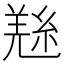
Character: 𱻎